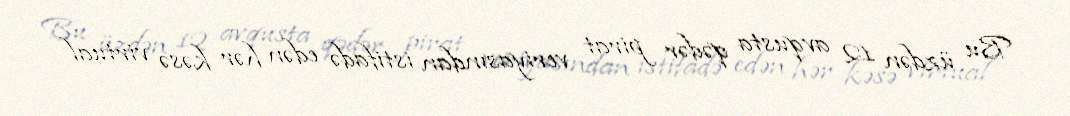
Bu üzdən 12 avqusta qədər pirat veriyasından istifadə edən hər kəsə virtual